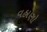
વહાણો